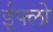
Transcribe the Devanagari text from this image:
ईफ्लो